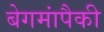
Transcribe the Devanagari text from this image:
बेगमांपैकी